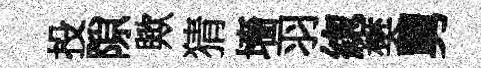
投隙歟猜墻羽緫樊舅